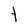
Character: t